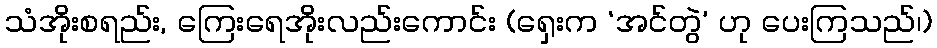
သံအိုးစရည်း, ကြေးရေအိုးလည်းကောင်း (ရှေးက ‘အင်တွဲ’ ဟု ပေးကြသည်၊)